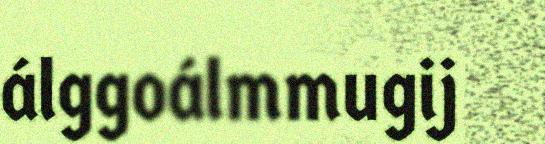
álggoálmmugij